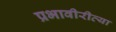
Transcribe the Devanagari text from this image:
प्रभावीरीत्या